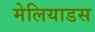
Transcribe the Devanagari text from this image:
मेलियाडस